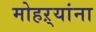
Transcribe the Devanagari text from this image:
मोहऱ्यांना